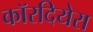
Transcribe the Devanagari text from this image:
कॉरदियेरा